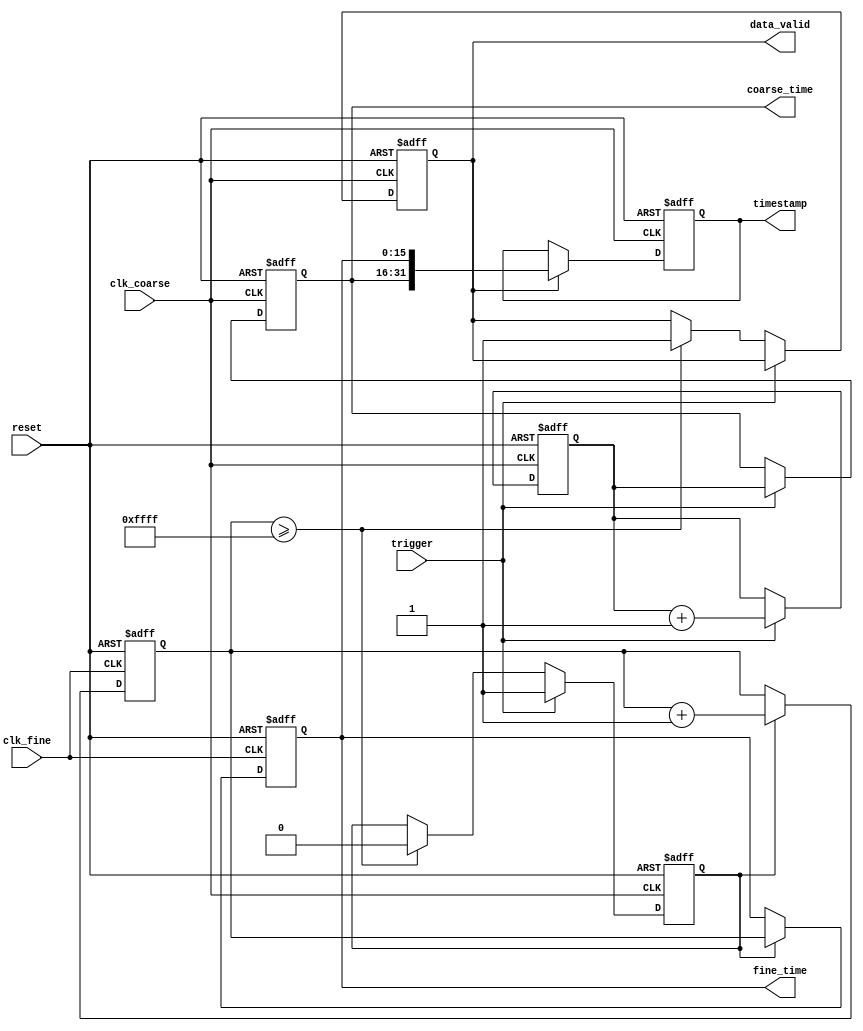
module TDC (
    input wire clk_coarse,          // Coarse clock
    input wire clk_fine,            // Fine clock
    input wire trigger,             // Trigger signal to start measurement
    input wire reset,               // Reset signal
    output reg [15:0] coarse_time,  // Coarse time output
    output reg [15:0] fine_time,    // Fine time output
    output reg [31:0] timestamp,     // Combined timestamp output
    output reg data_valid           // Data valid signal
);

    reg [15:0] coarse_counter;      // Coarse counter
    reg [15:0] fine_counter;        // Fine counter
    reg measuring;                  // Measurement state flag
    
    // Coarse time measurement logic
    always @(posedge clk_coarse or posedge reset) begin
        if (reset) begin
            coarse_counter <= 16'b0;
            coarse_time <= 16'b0;
        end else if (trigger) begin
            coarse_counter <= coarse_counter + 1'b1;
            coarse_time <= coarse_counter;
        end
    end
    
    // Fine time measurement logic
    always @(posedge clk_fine or posedge reset) begin
        if (reset) begin
            fine_counter <= 16'b0;
            fine_time <= 16'b0;
        end else if (measuring) begin
            fine_counter <= fine_counter + 1'b1;
            fine_time <= fine_counter;
        end
    end

    // Control logic to manage measurement state
    always @(posedge clk_coarse or posedge reset) begin
        if (reset) begin
            data_valid <= 1'b0;
            measuring <= 1'b0;
        end else if (trigger) begin
            measuring <= 1'b1; // Start fine measurement
        end else if (fine_counter >= 16'hFFFF) begin
            measuring <= 1'b0; // Stop fine measurement
            data_valid <= 1'b1; // Data is valid
        end
    end
    
    // Timestamping logic
    always @(posedge clk_coarse or posedge reset) begin
        if (reset) begin
            timestamp <= 32'b0;
        end else if (data_valid) begin
            timestamp <= {coarse_time, fine_time}; // Combine coarse and fine
        end
    end

endmodule